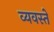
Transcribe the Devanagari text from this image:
व्यवस्ते